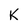
Character: K